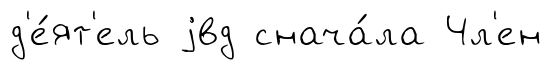
д'е́ят'ель jвд снача́ла Чл'ен